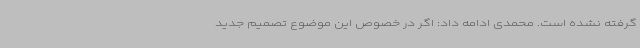
گرفته نشده است. محمدی ادامه داد: اگر در خصوص این موضوع تصمیم جدید